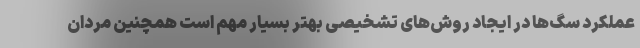
عملکرد سگ‌ها در ایجاد روش‌های تشخیصی بهتر بسیار مهم است همچنین مردان